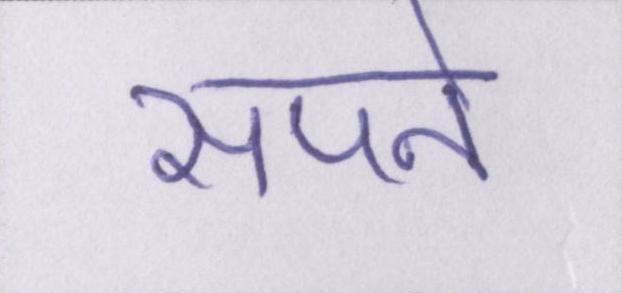
सपने